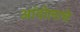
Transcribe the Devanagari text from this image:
आंदोलाचे